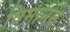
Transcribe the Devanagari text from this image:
विमानने